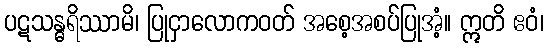
ပဋသန္ဓရိဿာမိ၊ ပြုငှာလောကဝတ် အစေ့အစပ်ပြုအံ့။ ဣတိ ဧဝံ၊